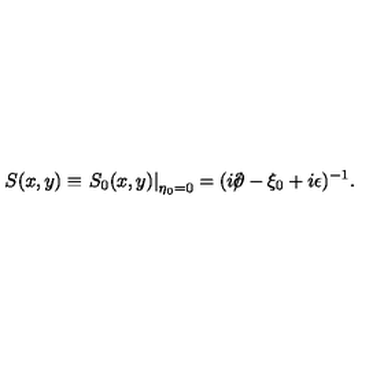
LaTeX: S ( x , y ) \equiv \left. S _ { 0 } ( x , y ) \right| _ { \eta _ { 0 } = 0 } = ( i { \rlap / \partial } - \xi _ { 0 } + i \epsilon ) ^ { - 1 } .